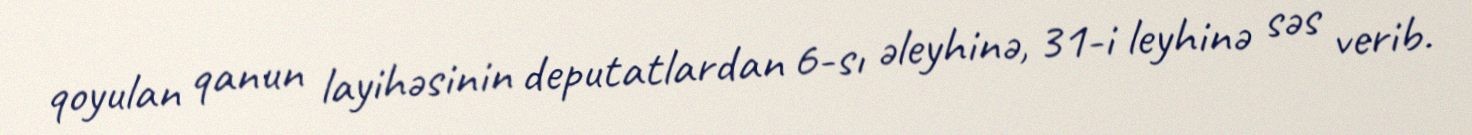
qoyulan qanun layihəsinin deputatlardan 6-sı əleyhinə, 31-i leyhinə səs verib.